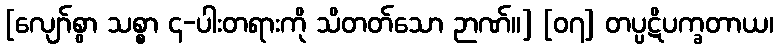
[လျော်စွာ သစ္စာ ၄-ပါးတရားကို သိတတ်သော ဉာဏ်။] [၀၇] တပ္ပဋိပက္ခတာယ၊